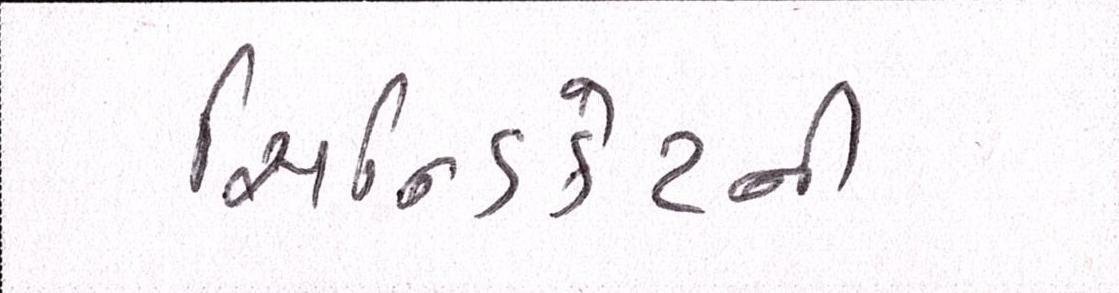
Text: સિન્ડિકેટની